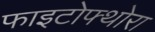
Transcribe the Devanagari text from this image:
फाइटोफ्थोरा